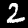
Digit: 2